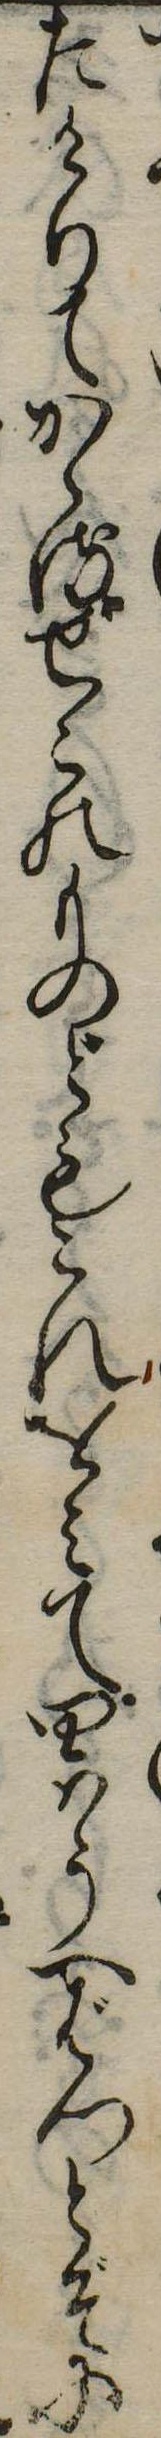
たけりてかゝるせこのものどもこれをみて四はうへばつとぞに